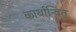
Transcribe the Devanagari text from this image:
कार्यान्‍वित